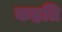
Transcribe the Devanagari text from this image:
कहति